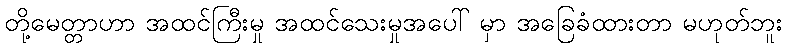
တို့မေတ္တာဟာ အထင်ကြီးမှု အထင်သေးမှုအပေါ် မှာ အခြေခံထားတာ မဟုတ်ဘူး